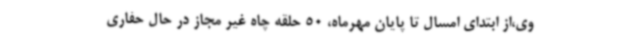
وی،از ابتدای امسال تا پایان مهرماه، 50 حلقه چاه غیر مجاز در حال حفاری